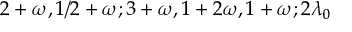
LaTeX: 2 + \omega , 1 / 2 + \omega ; 3 + \omega , 1 + 2 \omega , 1 + \omega ; 2 \lambda _ { 0 }